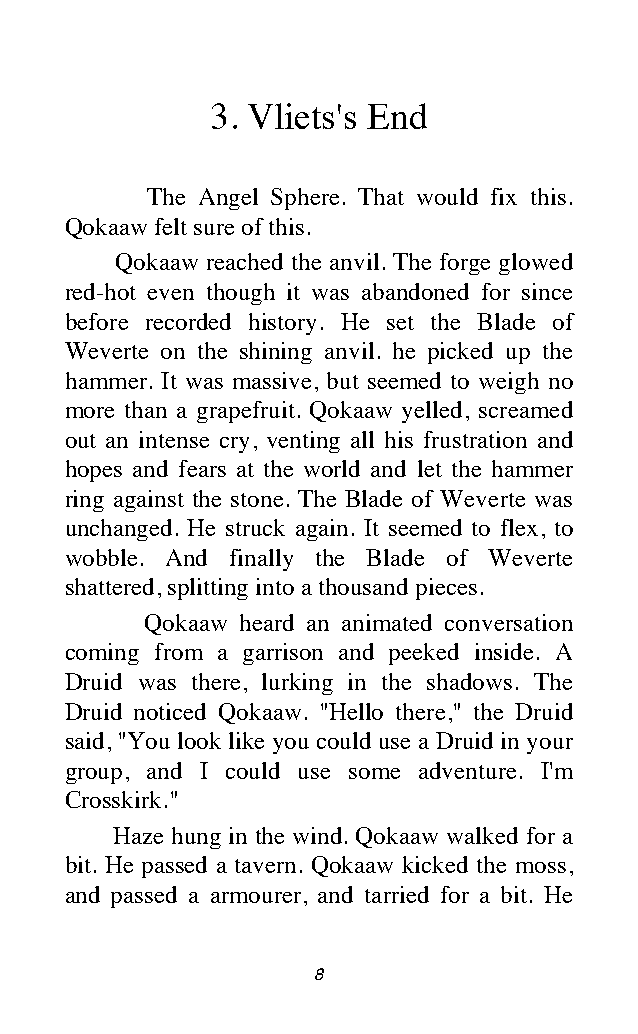
3. Vliets's End
 The Angel Sphere. That would fix this.
 Qokaaw felt sure of this.
 Qokaaw reached the anvil. The forge glowed
 red-hot even though it was abandoned for since
 before recorded history. He set the Blade of
 Weverte on the shining anvil. he picked up the
 hammer. It was massive, but seemed to weigh no
 more than a grapefruit. Qokaaw yelled, screamed
 out an intense cry, venting all his frustration and
 hopes and fears at the world and let the hammer
 ring against the stone. The Blade of Weverte was
 unchanged. He struck again. It seemed to flex, to
 wobble. And finally the Blade of Weverte
 shattered, splitting into a thousand pieces.
 Qokaaw heard an animated conversation
 coming from a garrison and peeked inside. A
 Druid was there, lurking in the shadows. The
 Druid noticed Qokaaw. "Hello there," the Druid
 said, "You look like you could use a Druid in your
 group, and I could use some adventure. I'm
 Crosskirk."
 Haze hung in the wind. Qokaaw walked for a
 bit. He passed a tavern. Qokaaw kicked the moss,
 and passed a armourer, and tarried for a bit. He
 8